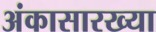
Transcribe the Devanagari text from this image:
अंकासारख्या